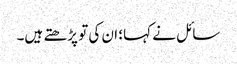
سائل نے کہا؛ ان کی تو پڑھتے ہیں۔